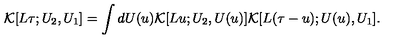
{ \cal K } [ L \tau ; U _ { 2 } , U _ { 1 } ] = \int d U ( u ) { \cal K } [ L u ; U _ { 2 } , U ( u ) ] { \cal K } [ L ( \tau - u ) ; U ( u ) , U _ { 1 } ] .